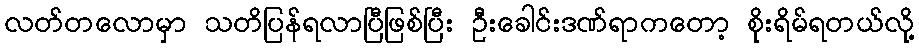
လတ်တလောမှာ သတိပြန်ရလာပြီဖြစ်ပြီး ဦးခေါင်းဒဏ်ရာကတော့ စိုးရိမ်ရတယ်လို့